Scientific memoirs by medical officers of the Army of India - Part I,
Year: 1884
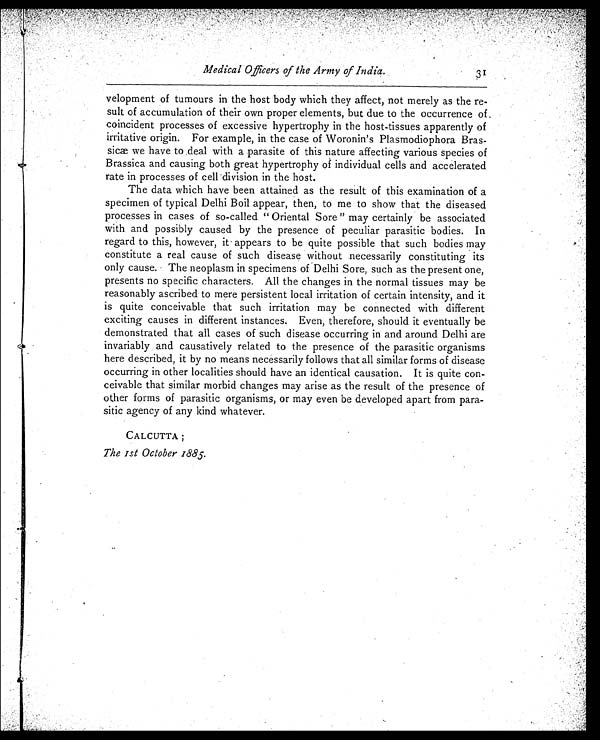
Medical Officers of the Army of India.
3 1
velopment of tumours in the host body which they affect, not merely as the re
-sult of accumulation of their own proper elements, but due to the occurrence of
coincident processes of excessive hypertrophy in the host-tissues apparently of
irritative origin. For example, in the case of Woronin's Plasmodiophora Bras-
sicæ we have to deal with a parasite of this nature affecting various species of
Brassica and causing both great hypertrophy of individual cells and accelerated
rate in processes of cell division in the host.
The data which have been attained as the result of this examination of a
specimen of typical Delhi Boil appear, then, to me to show that the diseased
processes in cases of so-called "Oriental Sore" may certainly be associated
with and possibly caused by the presence of peculiar parasitic bodies. In
regard to this, however, it appears to be quite possible that such bodies may
constitute a real cause of such disease without necessarily constituting its
only cause. The neoplasm in specimens of Delhi Sore, such as the present one,
presents no specific characters. All the changes in the normal tissues may be
reasonably ascribed to mere persistent local irritation of certain intensity, and it
is quite conceivable that such irritation may be connected with different
exciting causes in different instances. Even, therefore, should it eventually be
demonstrated that all cases of such disease occurring in and around Delhi are
invariably and causatively related to the presence of the parasitic organisms
here described, it by no means necessarily follows that all similar forms of disease
occurring in other localities should have an identical causation. It is quite con-
ceivable that similar morbid changes may arise as the result of the presence of
other forms of parasitic organisms, or may even be developed apart from para-
sitic agency of any kind whatever.
CALCUTTA;
The 1st October 1885.